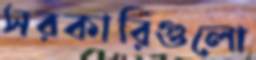
সরকারিগুলো